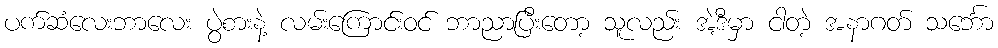
ပက်ဆံလေးဘာလေး ပွဲစားနဲ့ လမ်းကြောင်းဝင် ဘာညာပြီးတော့ သူလည်း အဲ့ဒီမှာ ငါတဲ့ အနာဂတ် သင်္ဘော